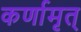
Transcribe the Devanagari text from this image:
कर्णामृत्